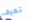
تعرف